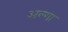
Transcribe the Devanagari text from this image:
अल्गा